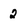
Character: 2